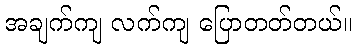
အချက်ကျ လက်ကျ ပြောတတ်တယ်။